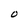
Character: O